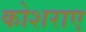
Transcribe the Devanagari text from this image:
कोशराए